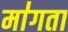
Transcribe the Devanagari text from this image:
मा॑गता